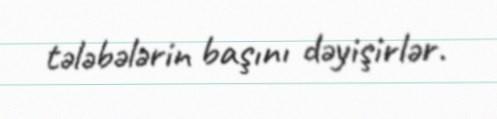
tələbələrin başını dəyişirlər.